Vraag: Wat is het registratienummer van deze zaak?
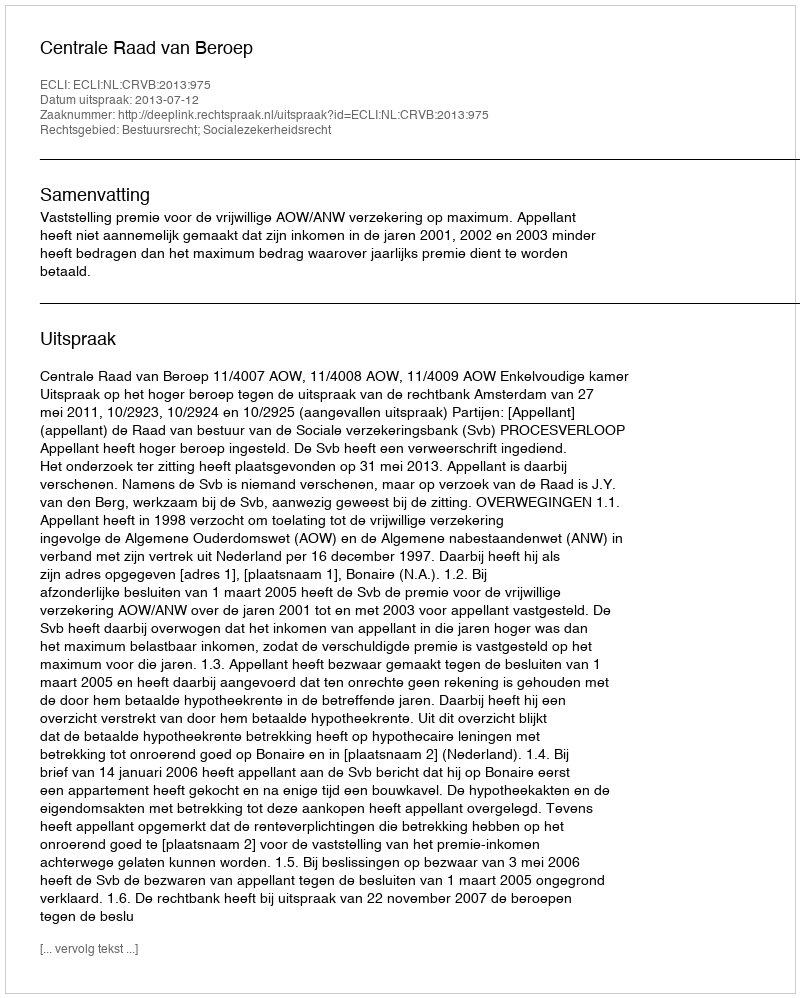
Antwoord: http://deeplink.rechtspraak.nl/uitspraak?id=ECLI:NL:CRVB:2013:975